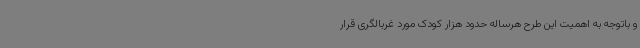
و باتوجه به اهمیت این طرح هرساله حدود هزار کودک مورد غربالگری قرار